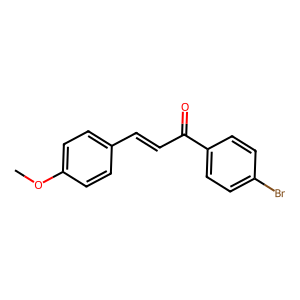
SMILES: COc1ccc(C=CC(=O)c2ccc(Br)cc2)cc1
Inhibits HIV replication: No